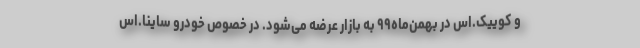
و کوییک.اس در بهمن‌ماه۹۹ به بازار عرضه می‌شود. در خصوص خودرو ساینا.اس